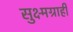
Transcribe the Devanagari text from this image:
सुक्ष्मग्राही